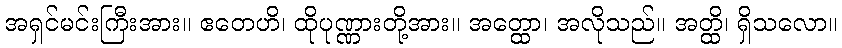
အရှင်မင်းကြီးအား။ ဧတေဟိ၊ ထိုပုဏ္ဏားတို့အား။ အတ္ထော၊ အလိုသည်။ အတ္ထိ၊ ရှိသလော။